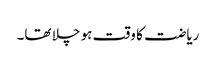
ریاضت کا وقت ہو چلا تھا۔